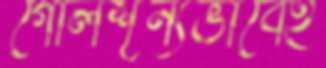
গোলশূন্যভাবেই